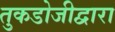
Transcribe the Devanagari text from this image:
तुकडोजीद्वारा